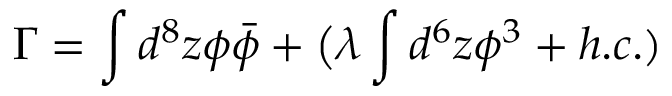
\Gamma = \int d ^ { 8 } z \phi \bar { \phi } + \big ( \lambda \int d ^ { 6 } z { \phi } ^ { 3 } + h . c . )